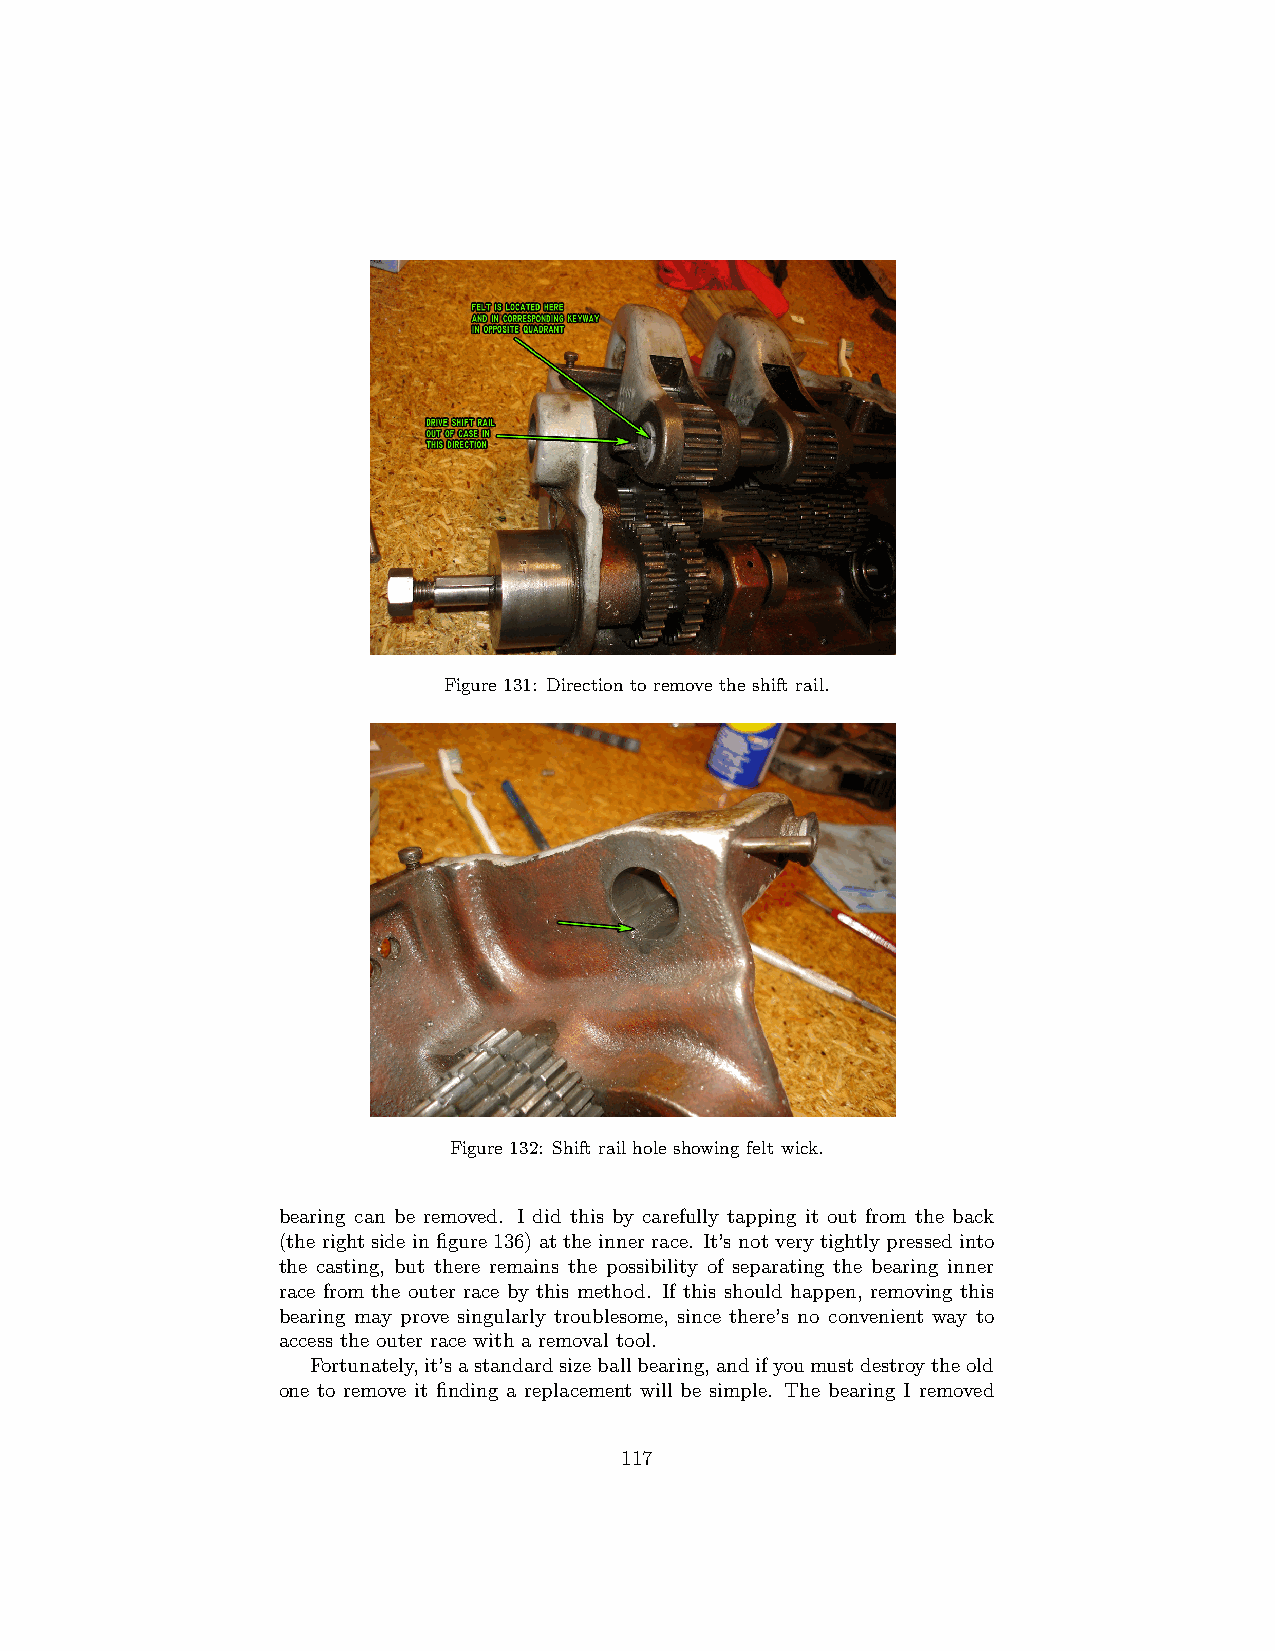
Figure 131: Direction to remove the shift rail.
 Figure 132: Shift rail hole showing felt wick.
 bearing can be removed. I did this by carefully tapping it out from the back
 (the right side in figure 136) at the inner race. It’s not very tightly pressed into
 the casting, but there remains the possibility of separating the bearing inner
 race from the outer race by this method. If this should happen, removing this
 bearing may prove singularly troublesome, since there’s no convenient way to
 access the outer race with a removal tool.
 Fortunately,it’sastandardsizeballbearing,andifyoumustdestroytheold
 one to remove it finding a replacement will be simple. The bearing I removed
 117